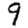
Digit: 9